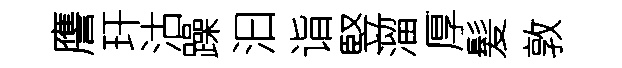
譍玕沽躁汩诣竪溜厚髪敦